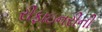
રીફાઇનરીની